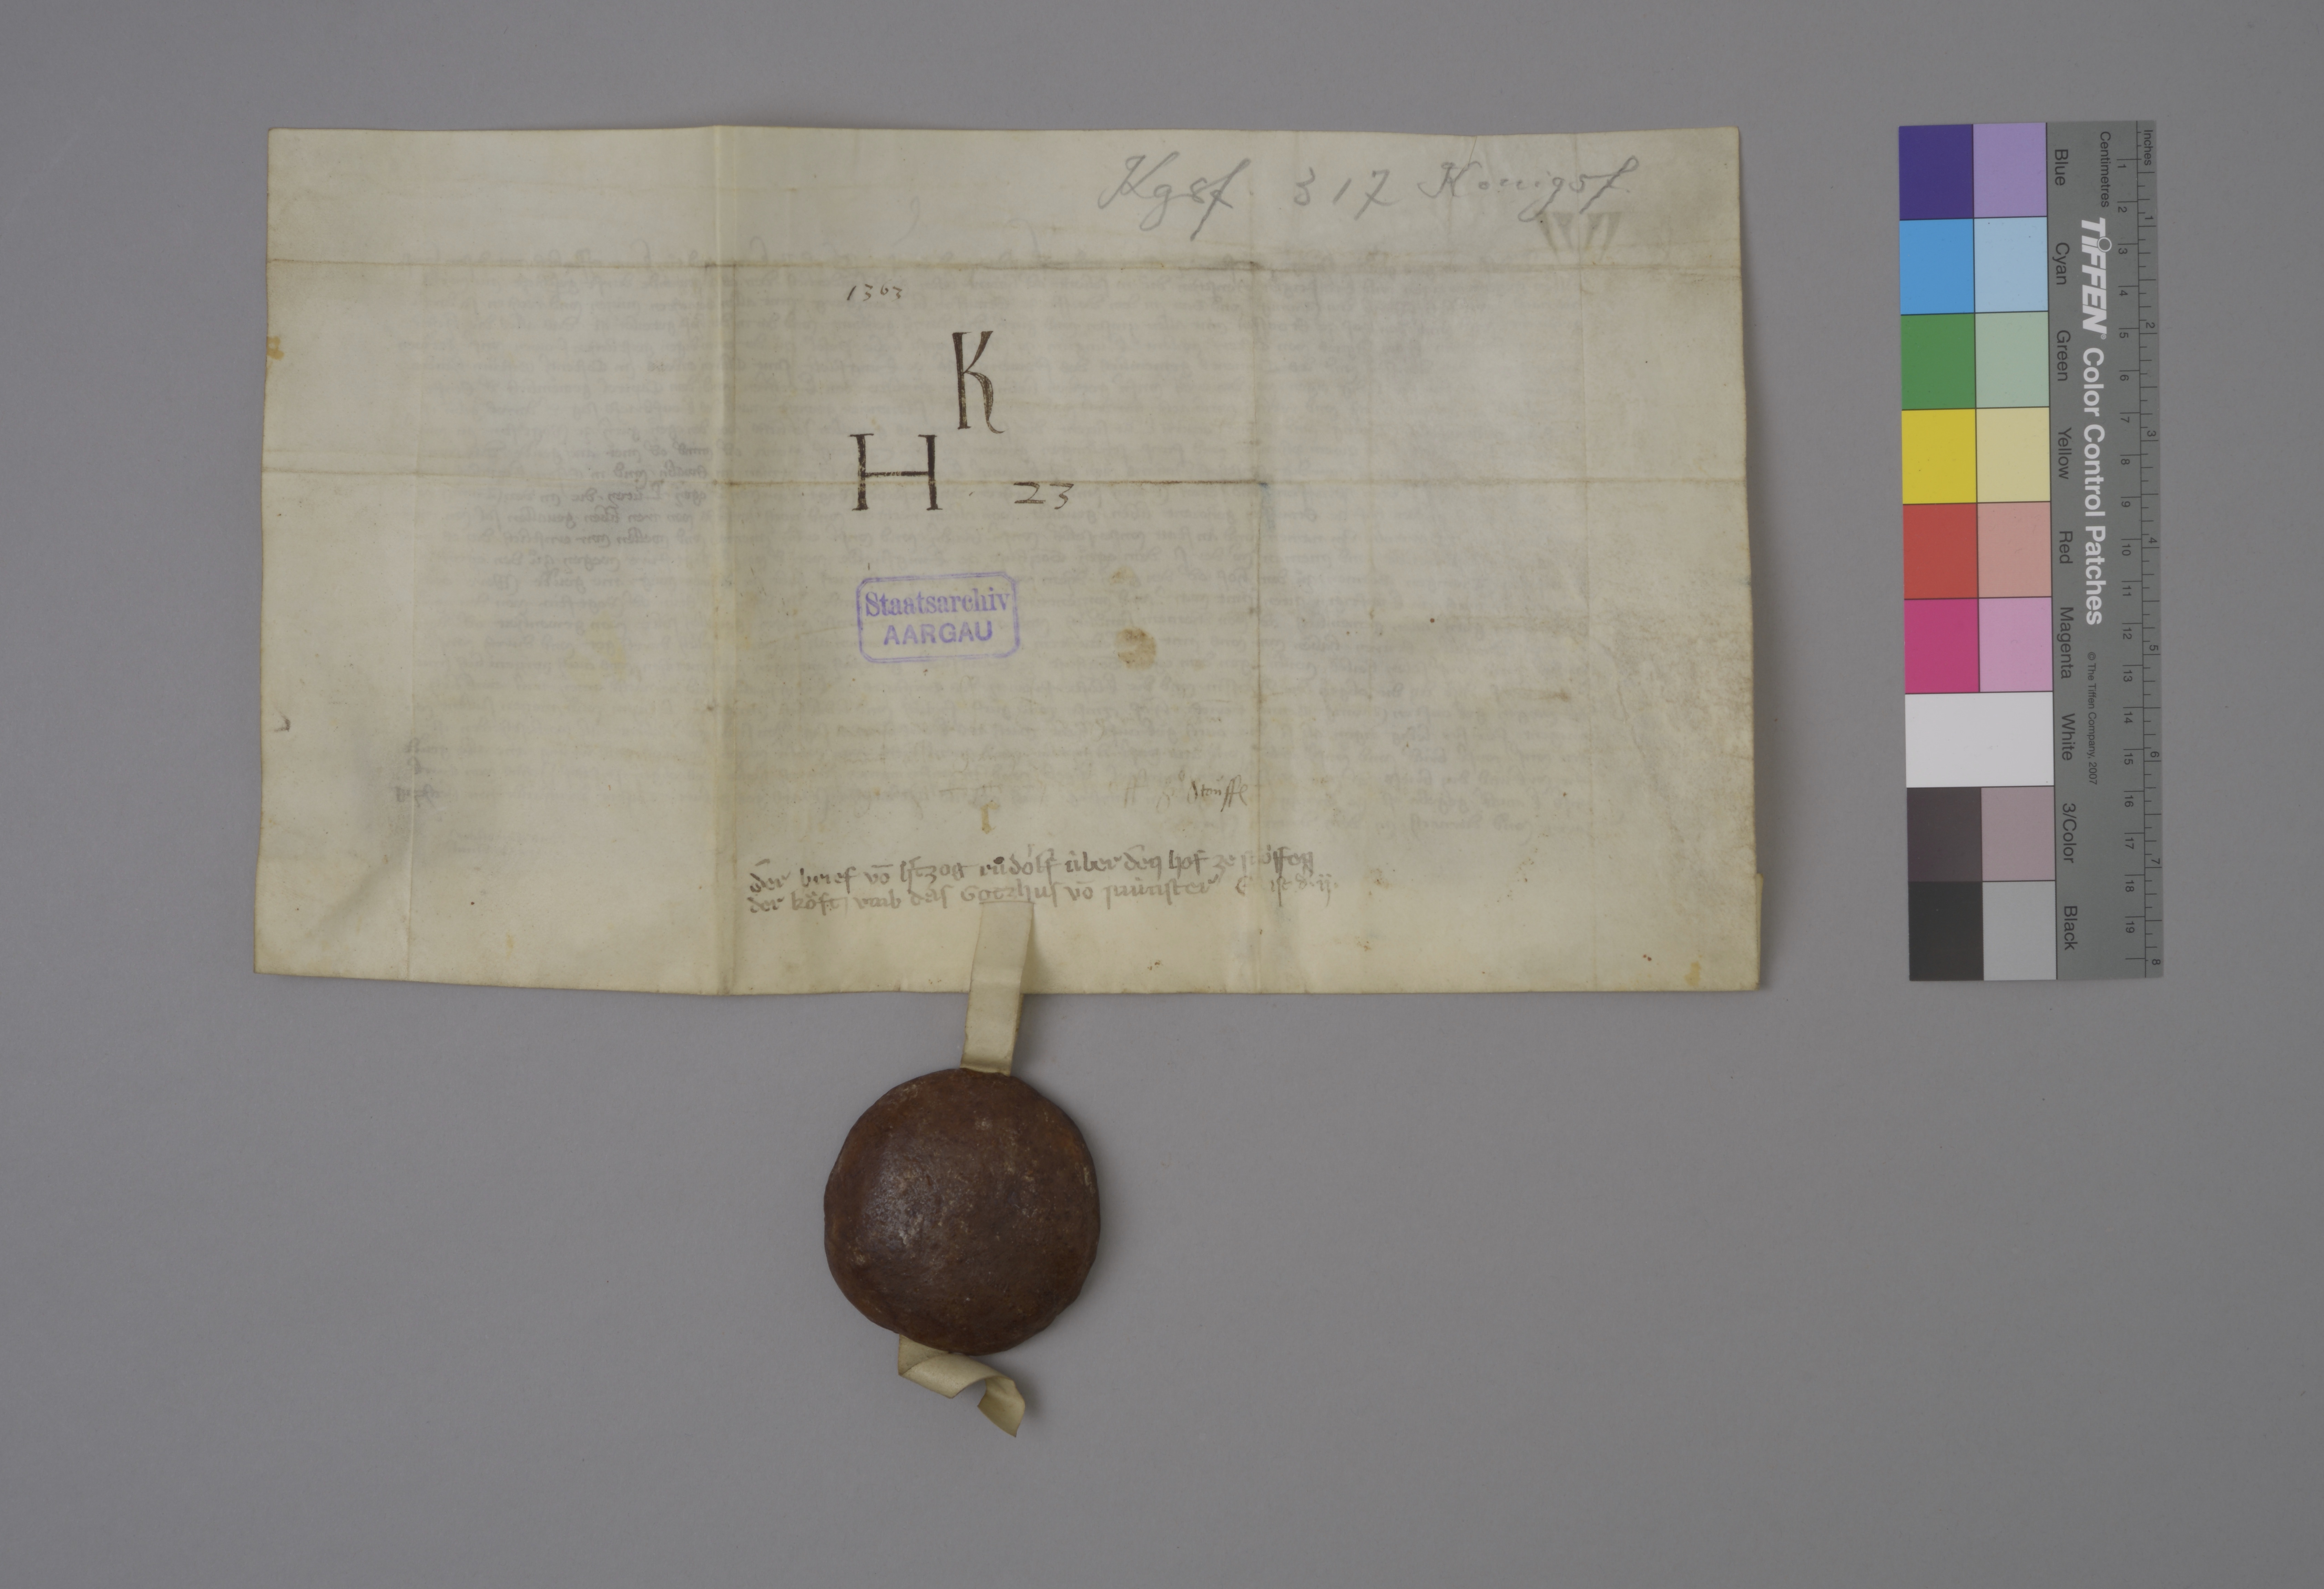
Transcription:
Kgsf. 317

Konigsf.

1363

K
H ✳ 23

Staatsarchiv
AARGAU

zuͦ Stoùff₎

r

der brief vō hˀtzog Ruͦdòlf ùber den hof ze Stoͧffen
der koͧft ✳ umb das gotzhus vō Mùnster

es ist dˀ ✳ ij✳